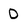
Character: D